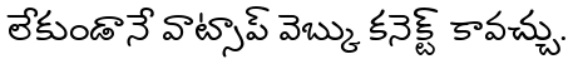
లేకుండానే వాట్సాప్ వెబ్కు కనెక్ట్ కావచ్చు.